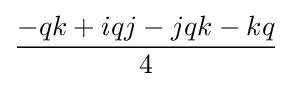
{\frac {-qk+iqj-jqk-kq}{4}}